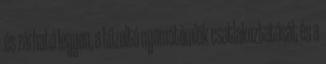
és zárható legyen, a tûzoltó nyomótömlõk csatlakoztatását és a